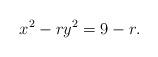
LaTeX: \begin{align*}x^2 - ry^2 = 9-r. \end{align*}